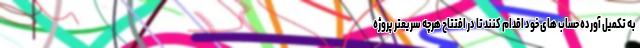
به تکمیل آورده حساب های خود اقدام کنند تا در افتتاح هرچه سریعتر پروژه